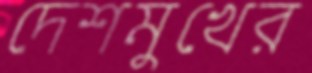
দেশমুখের